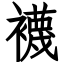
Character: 襪